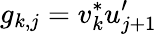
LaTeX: g_{k,j}=v_{k}^{*}u_{j+1}^{\prime}